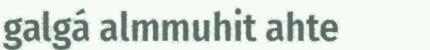
galgá almmuhit ahte